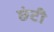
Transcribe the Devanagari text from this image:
छंटी